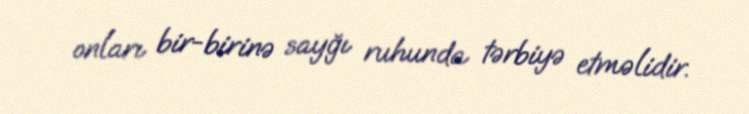
onları bir-birinə sayğı ruhunda tərbiyə etməlidir.